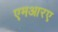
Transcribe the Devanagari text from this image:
एमआरए